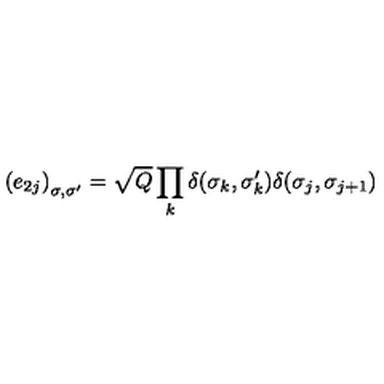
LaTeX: \left( e _ { 2 j } \right) _ { \sigma , \sigma ^ { \prime } } = \sqrt { Q } \prod _ { k } \delta ( \sigma _ { k } , \sigma _ { k } ^ { \prime } ) { } \delta ( \sigma _ { j } , \sigma _ { j + 1 } )